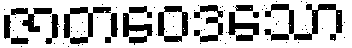
ဇာတဝေဒသော